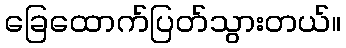
ခြေထောက်ပြတ်သွားတယ်။